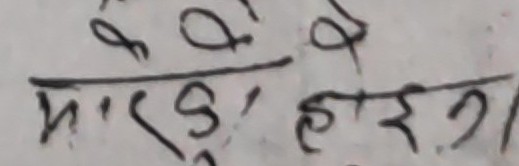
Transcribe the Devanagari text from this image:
माड़ु, हेरग